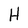
Character: H